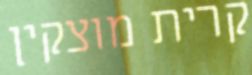
קרית מוצקין